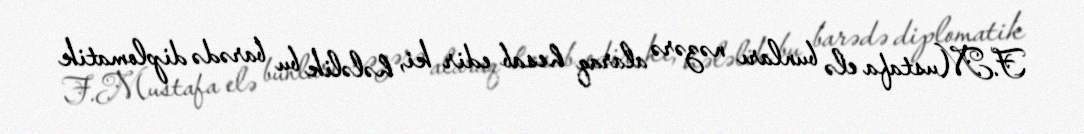
F.Mustafa elə bunları nəzərə alaraq hesab edir ki, hələlik bu barədə diplomatik